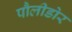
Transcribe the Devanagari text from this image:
पौलीडोर